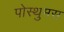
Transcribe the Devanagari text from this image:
पोस्थुमस